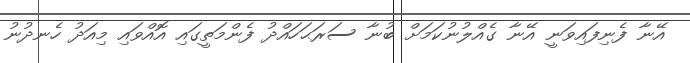
އޭނާ ފެނިފައިވަނީ އޭނާ ގެއްލުނުކަމަށް ބުނާ ސަރަޙަހައްދު ފެންމަތީގައި އޮއްވައި މިއަދު ހެނދުނު